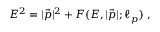
E ^ { 2 } = | { \vec { p } } | ^ { 2 } + F ( E , | { \vec { p } } | ; \ell _ { p } ) ~ ,